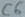
Text: C6